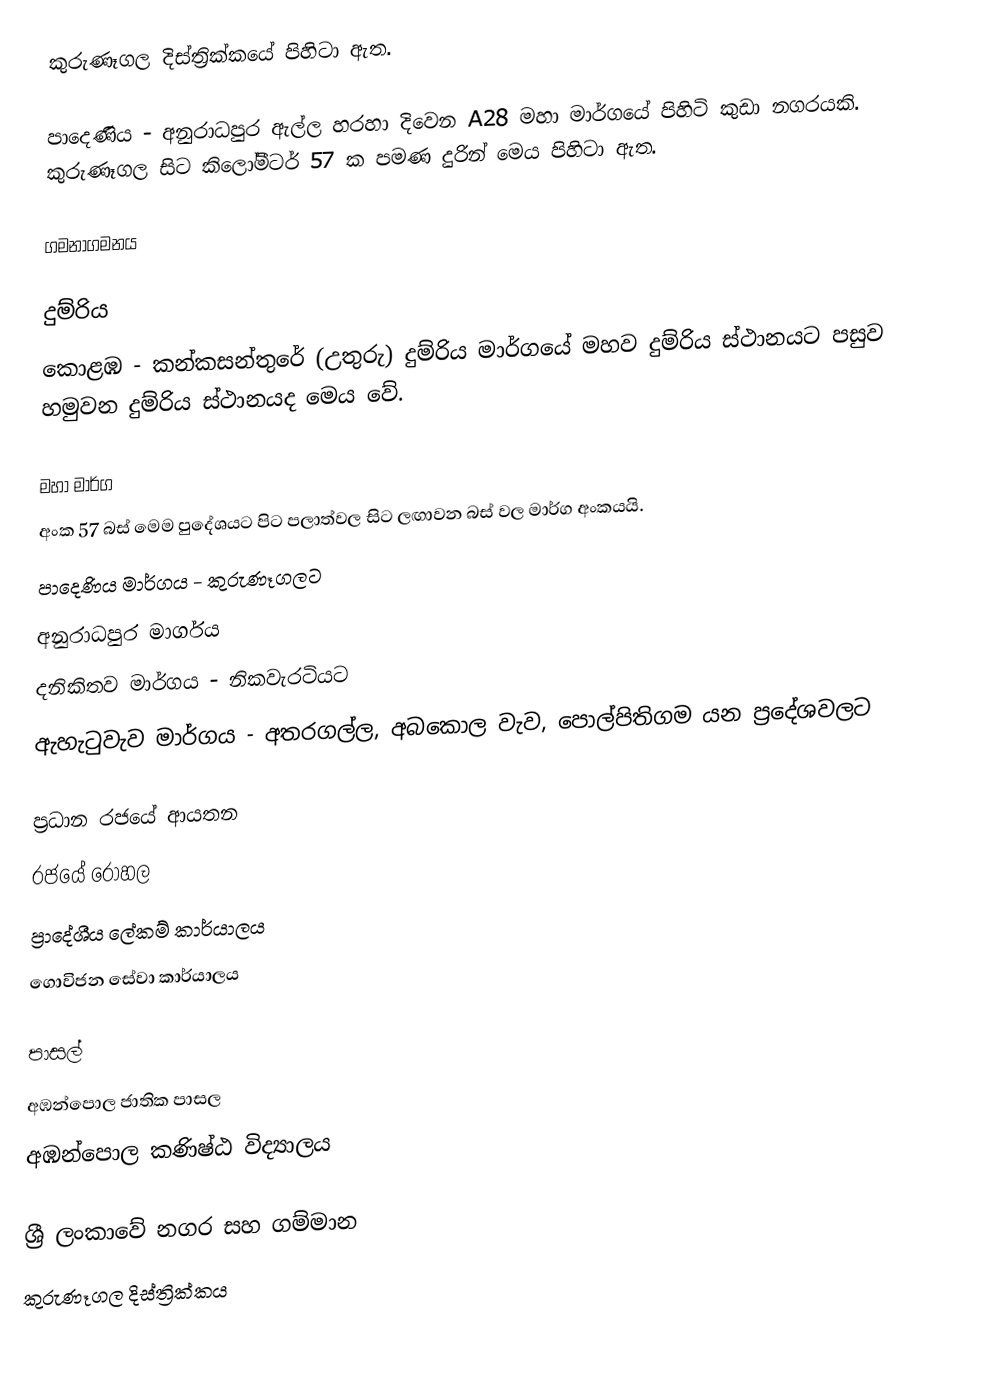
කුරුණෑගල දිස්ත්‍රික්කයේ පිහිටා ඇත.

පාදෙණිය - අනුරාධපුර ඇල්ල හරහා දිවෙන A28 මහා මාර්ගයේ පිහිටි කුඩා නගරයකි. කුරුණෑගල සිට කිලෝමීටර් 57 ක පමණ දුරින් මෙය පිහිටා ඇත.

ගමනාගමනය

දුම්රිය
කොළඹ - කන්කසන්තුරේ (උතුරු) දුම්රිය මාර්ගයේ මහව දුම්රිය ස්ථානයට පසුව හමුවන දුම්රිය ස්ථානයද මෙය වේ.

මහා මාර්ග
අංක 57 බස් මෙම පුදේශයට පිට පලාත්වල සිට ලඟාවන බස් වල මාර්ග අංකයයි.
 පාදෙණිය මාර්ගය - කුරුණෑගලට
 අනුරාධපුර මාර්ගය
 දනිකිතව මාර්ගය - නිකවැරටියට
 ඇහැටුවැව මාර්ගය -  අතරගල්ල, අබකොල වැව,  පොල්පිතිගම යන ප්‍රදේශවලට

ප්‍රධාන රජයේ ආයතන
 රජයේ රෝහල
 ප්‍රාදේශීය ලේකම් කාර්යාලය
 ගොවිජන සේවා කාර්යාලය

පාසල්
 අඹන්පොල ජාතික පාසල
 අඹන්පොල කණිෂ්ඨ විද්‍යාලය

ශ්‍රී ලංකාවේ නගර සහ ගම්මාන
කුරුණෑගල දිස්ත්‍රික්කය